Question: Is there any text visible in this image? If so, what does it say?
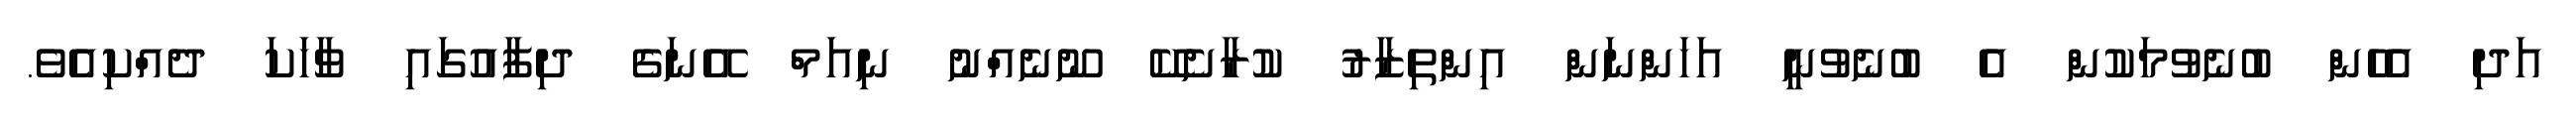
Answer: އަދި އެހެން ބުނެވުމަކުން އެ ބުނެވުނީ އަހަންނަން އިންތިޒާރު ކުރާށެކޭ ނޫނެއްނު ނިއަމް އޭނަގެ ދިފާއުގައި ވާހަކަ ދެއްކިއެވެ.